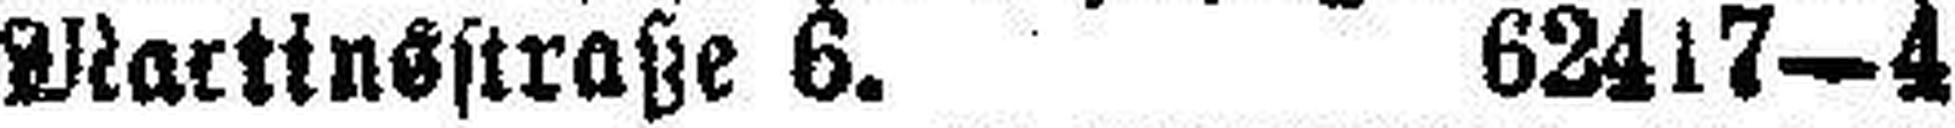
Martinsstraße 6. 62417—4